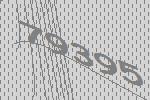
79395